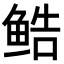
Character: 𬶔